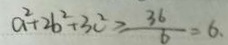
a ^ { 2 } + 2 b ^ { 2 } + 3 c ^ { 2 } \geq \frac { 3 6 } { 6 } = 6 .